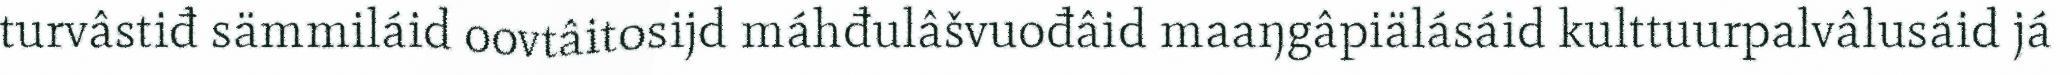
turvâstiđ sämmiláid oovtâitosijd máhđulâšvuođâid maaŋgâpiälásáid kulttuurpalvâlusáid já